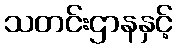
သတင်းဌာနနှင့်